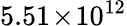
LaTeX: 5.51\! \times\! 10^{12}